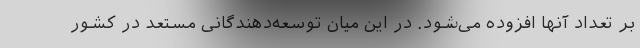
بر تعداد آنها افزوده می‌شود. در این میان توسعه‌دهندگانی مستعد در کشور